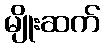
မျိုးဆက်